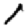
Digit: 1